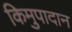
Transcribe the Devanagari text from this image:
किमुपादान